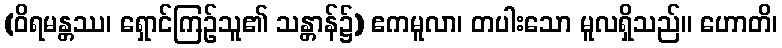
(ဝိရမန္တဿ၊ ရှောင်ကြဉ်သူ၏ သန္တာန်၌) ဧကမူလာ၊ တပါးသော မူလရှိသည်။ ဟောတိ၊